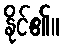
နိုင်၏။